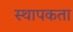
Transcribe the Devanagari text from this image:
स्थापकता